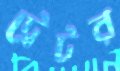
ট্রেটর